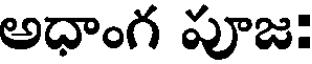
అధాంగ పూజ: